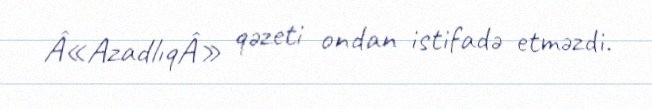
Â«AzadlıqÂ» qəzeti ondan istifadə etməzdi.